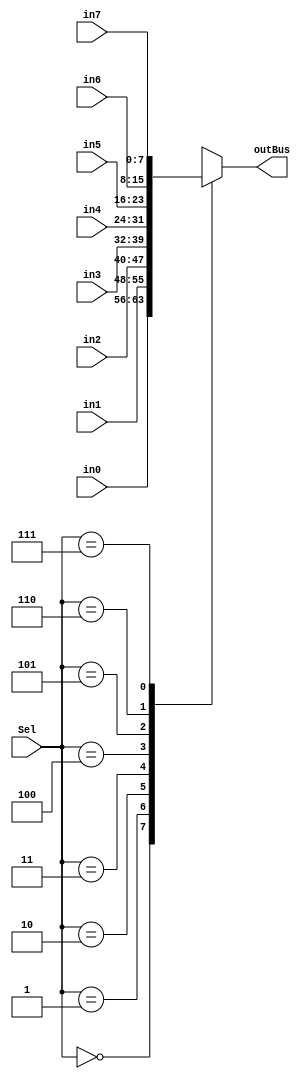
module mux8to1_8bit( input [7:0] in0,in1,in2,in3,in4,in5,in6,in7, input [2:0] Sel, output reg [7:0] outBus );
	always@(in0 or in1 or in2 or in3 or in4 or in5 or in6 or in7 or Sel)
	case (Sel)
			3'b000: outBus=in0;
			3'b001: outBus=in1;
			3'b010: outBus=in2;
			3'b011: outBus=in3;
			3'b100: outBus=in4;
			3'b101: outBus=in5;
			3'b110: outBus=in6;
			3'b111: outBus=in7;
	endcase
endmodule


module mux2to1_8bit( input [7:0] in0,in1, input Sel, output reg [7:0] outBus );
	always@(in0 or in1 or Sel)
	case (Sel)
			1'b0: outBus=in0;
			1'b1: outBus=in1;
	endcase
endmodule


module mux8to1_32bit( input [31:0] in0,in1,in2,in3,in4,in5,in6,in7, input [2:0] Sel, output reg [31:0] outBus );
	always@(in0 or in1 or in2 or in3 or in4 or in5 or in6 or in7 or Sel)
	case (Sel)
			3'b000: outBus=in0;
			3'b001: outBus=in1;
			3'b010: outBus=in2;
			3'b011: outBus=in3;
			3'b100: outBus=in4;
			3'b101: outBus=in5;
			3'b110: outBus=in6;
			3'b111: outBus=in7;
	endcase
endmodule

module mux4to1_32bit( input [31:0] in0,in1,in2,in3, input [1:0] Sel, output reg [31:0] outBus );
	always@(in0 or in1 or in2 or in3 or Sel)
	case (Sel)
			2'b00: outBus=in0;
			2'b01: outBus=in1;
			2'b10: outBus=in2;
			2'b11: outBus=in3;
	endcase
endmodule

module mux2to1_32bit( input [31:0] in0,in1, input Sel, output reg [31:0] outBus );
	always@(in0 or in1 or Sel)
	case (Sel)
			1'b0: outBus=in0;
			1'b1: outBus=in1;
	endcase
endmodule


module mux2to1_1bit( input in0, in1, input Sel, output reg outBus );
	always@(in0 or in1 or Sel)
	case (Sel)
			1'b0: outBus=in0;
			1'b1: outBus=in1;
	endcase
endmodule



// Sign extension : 3,5,8,11 bits
module signExt3to32( input [2:0] offset, output reg [31:0] signExtOffset);
	//Write your code here
  always@(offset)
  begin
    case(offset[2])
      1'b0: signExtOffset = { 29'b00000000000000000000000000000, offset};
      1'b1: signExtOffset = { 29'b11111111111111111111111111111, offset};
    endcase
  end
endmodule

module signExt5to32( input [4:0] offset, output reg [31:0] signExtOffset);
	//Write your code here
  always@(offset)
  begin
    case(offset[4])
      1'b0: signExtOffset = { 27'b000000000000000000000000000, offset};
      1'b1: signExtOffset = { 27'b111111111111111111111111111, offset};
    endcase
  end
endmodule


module signExt8to32( input [7:0] offset, output reg [31:0] signExtOffset);
	//Write your code here
  always@(offset)
  begin
    case(offset[7])
      1'b0: signExtOffset = { 24'b00000000000000000000000, offset};
      1'b1: signExtOffset = { 24'b111111111111111111111111, offset};
    endcase
  end
endmodule

module signExt11to32( input [10:0] offset, output reg [31:0] signExtOffset);
	//Write your code here
  always@(offset)
  begin
    case(offset[10])
      1'b0: signExtOffset = { 21'b000000000000000000000, offset};
      1'b1: signExtOffset = { 21'b111111111111111111111, offset};
    endcase
  end
endmodule

module zeroExt8to32( input [7:0] offset, output reg [31:0] zeroExtOffset);
  always@(offset)
  begin
    zeroExtOffset = { 24'b000000000000000000000000, offset};
  end
endmodule



module decoder3to8( input [2:0] encoded, output reg [7:0] decOut);
	always@(encoded)
	begin
		case(encoded)
			3'b000: decOut=8'b00000001; 
			3'b001: decOut=8'b00000010;
			3'b010: decOut=8'b00000100;
			3'b011: decOut=8'b00001000;
			3'b100: decOut=8'b00010000;
			3'b101: decOut=8'b00100000;
			3'b110: decOut=8'b01000000;
			3'b111: decOut=8'b10000000;
		endcase
	end
endmodule